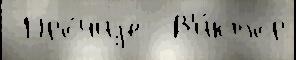
 Про́чиjе  В'и́ктор